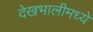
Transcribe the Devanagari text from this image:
देखभालीमध्ये